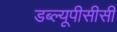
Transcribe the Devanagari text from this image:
डब्ल्यूपीसीसी